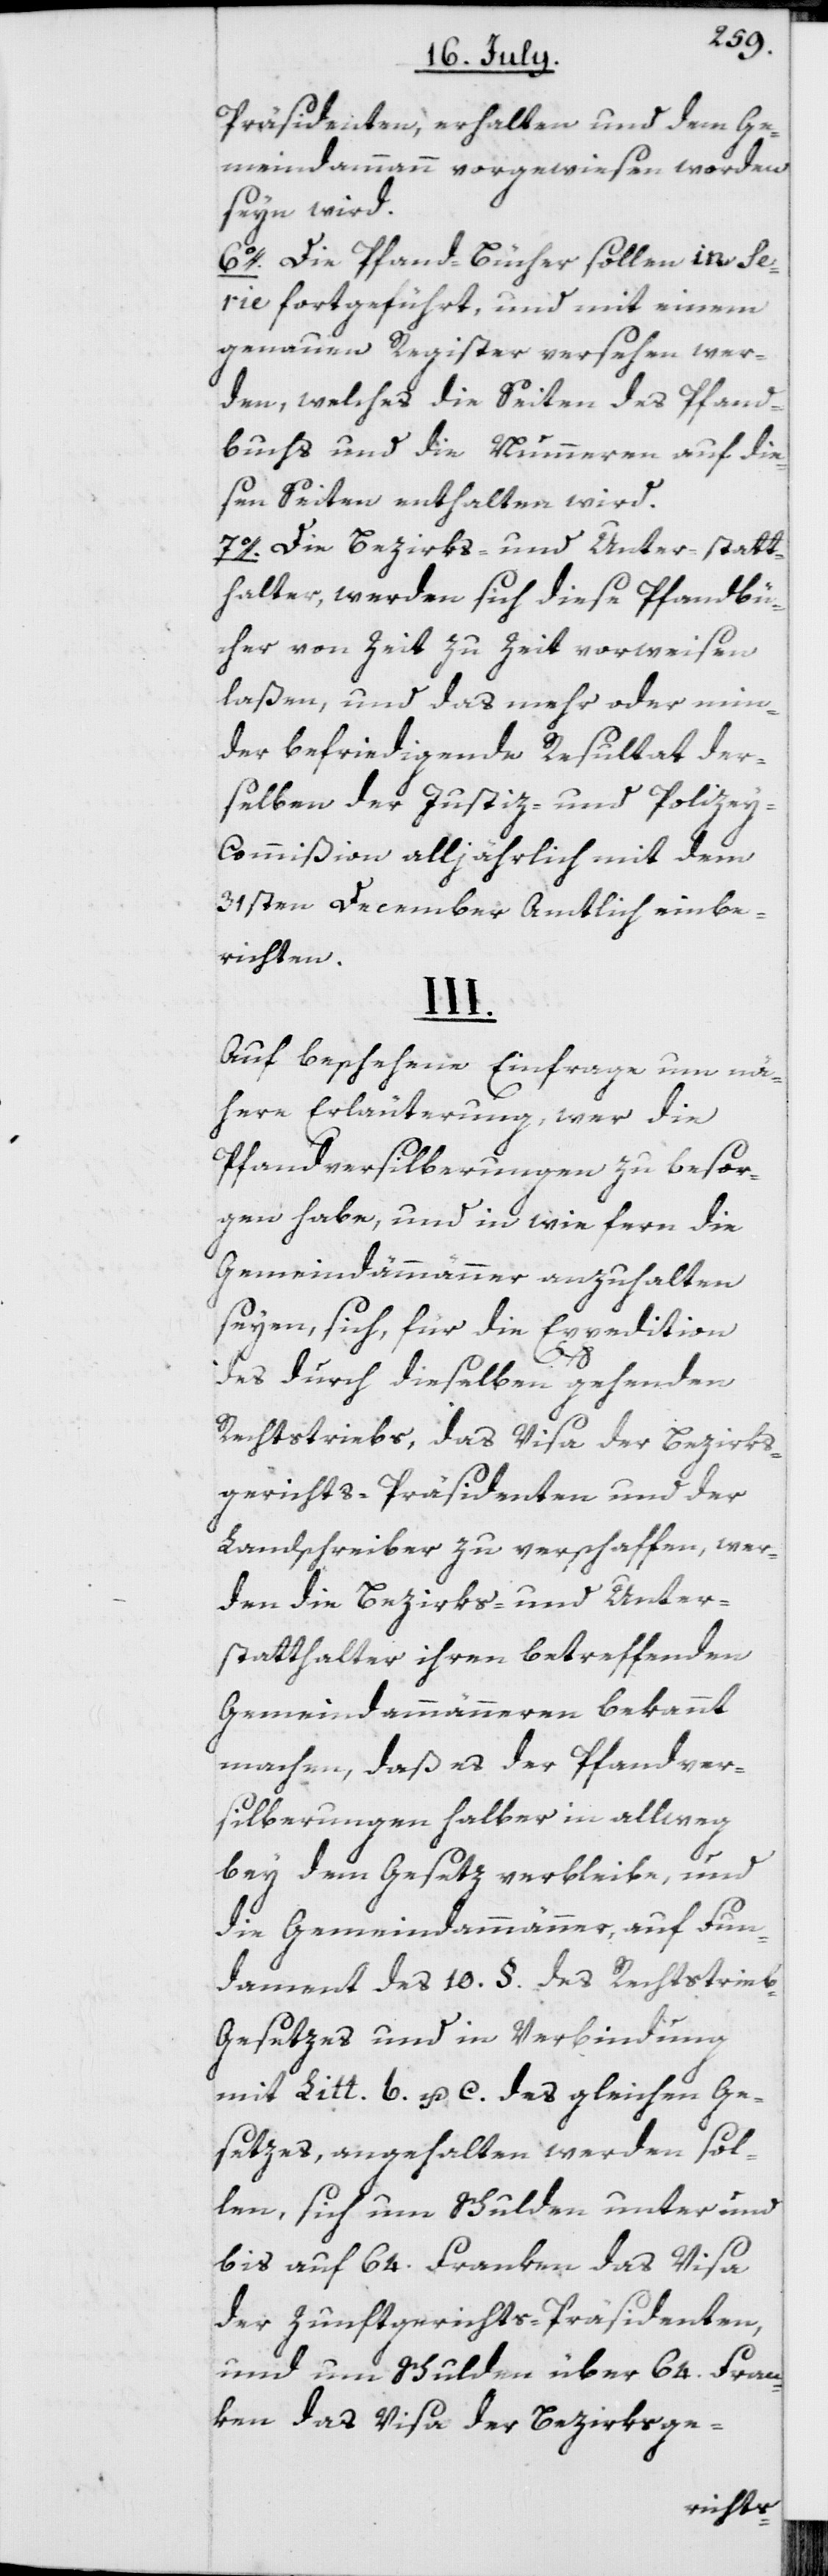
Präsidenten, erhalten und dem Ge¬
meindammann vorgewiesen worden
seyn wird.
6o. Die Pfand-Bücher sollen in Se¬
rie fortgeführt, und mit einem
genauen Register versehen wer¬
den, welches die Seiten des Pfand¬
buchs und die Nummeren auf die¬
sen Seiten enthalten wird.
7o. Die Bezirks- und Unter-statt¬
halter, werden sich diese Pfandbü¬
cher von Zeit zu Zeit vorweisen
laßen, und das mehr oder min¬
der befriedigende Resultat der¬
selben der Justiz- und Polize¬
y-Commißion alljährlich mit dem
31sten December Amtlich einbe¬
richten.
III.
Auf beschehene Einfrage um nä¬
here Erläuterung, wer die
Pfandversilberungen zu besor¬
gen habe, und in wie fern die
Gemeindammänner anzuhalten
seyen, sich, für die Expedition
des durch dieselben gehenden
Rechtstriebs, das Visa der Bezirks¬
gerichts-Präsidenten und der
Landschreiber zu verschaffen, wer¬
den die Bezirks- und Unter¬
statthalter ihren betreffenden
Gemeindammänneren bekannt
machen, daß es der Pfandver¬
silberungen halber in allweg
bey dem Gesetz verbleibe, und
die Gemeindammänner, auf Fun¬
dament des 10. §. des Rechtstrie¬
b-Gesetzes und in Verbindung
mit Litt. b. u. c. des gleichen Ge¬
setzes, angehalten werden sol¬
len, sich um Schulden unter und
bis auf 64. Franken das Visa
der Zunftgerichts-Präsidenten,
und um Schulden über 64. Fran¬
ken das Visa der Bezirksge-